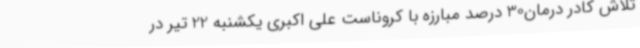
تلاش کادر درمان30 درصد مبارزه با کروناست علی اکبری یکشنبه 22 تیر در